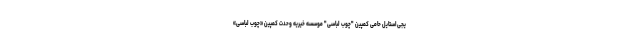
یجی‌استایل حامی کمپین "چوب لباسی" موسسه خیریه وحدت کمپین «چوب لباسی»